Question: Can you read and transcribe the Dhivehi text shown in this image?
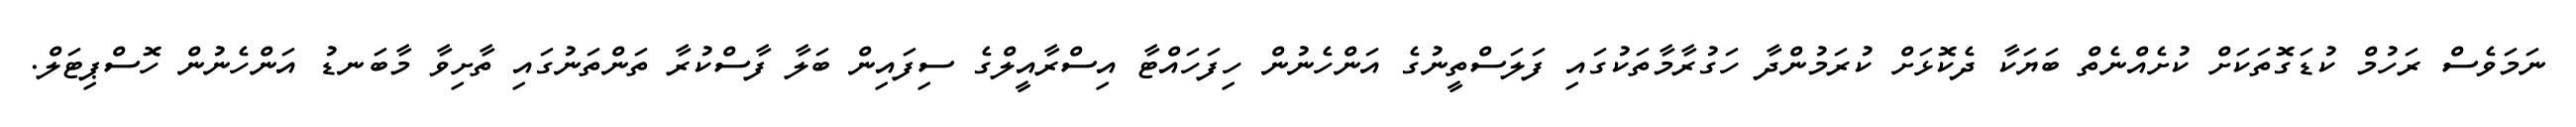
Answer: ނަމަވެސް ރަހުމް ކުޑަގޮތަކަށް ކުށެއްނެތް ބަޔަކާ ދެކޮޅަށް ކުރަމުންދާ ހަގުރާމާތަކުގައި ފަލަސްތީނުގެ އަންހެނުން ހިފަހައްޓާ އިސްރާއީލްގެ ސިފައިން ބަލާ ފާސްކުރާ ތަންތަނުގައި ތާށިވާ މާބަނޑު އަންހެނުން ހޮސްޕިޓަލް.